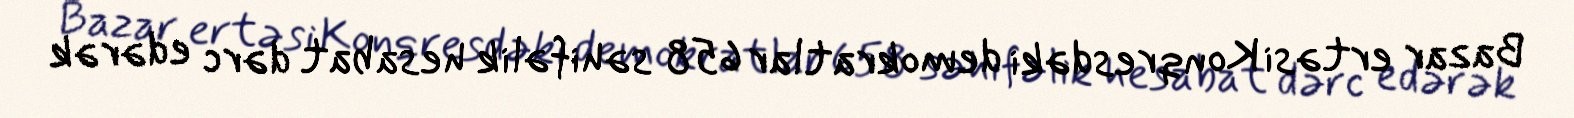
Bazar ertəsi Konqresdəki demokratlar 658 səhifəlik hesabat dərc edərək